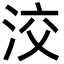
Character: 洨